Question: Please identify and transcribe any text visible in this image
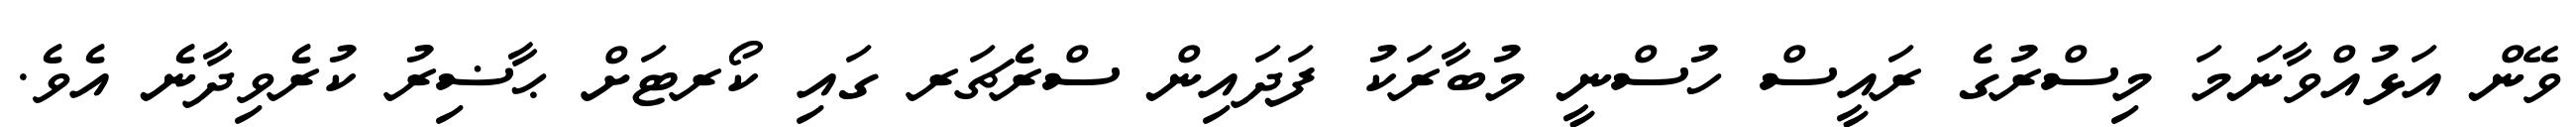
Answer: ވޭން އަޅުއްވާނަމަ މިސްރުގެ ރައީސް ހުސްނީ މުބާރަކު ފަދައިން ސްރެޗަރ ގައި ކޯރޓަށް ޙާޟިރު ކުރެވިދާނެ އެވެ.